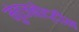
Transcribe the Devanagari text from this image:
मुंतजबोद्दीन